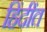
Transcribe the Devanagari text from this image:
हिंदींत